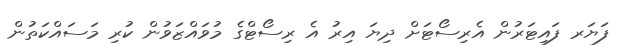
ފަޔަރ ފައިޓަރުން އެރިސޯޓަށް ދިިޔަ އިރު އެ ރިސޯޓްގެ މުވައްޒަވުން ކުރި މަސައްކަތުން